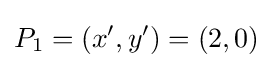
P_{1}=(x',y')=(2,0)